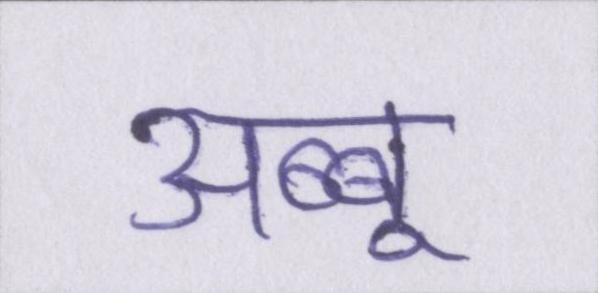
अब्बू